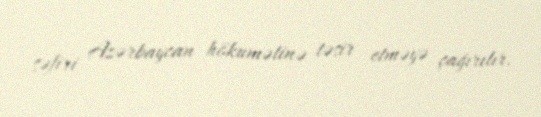
səfiri Azərbaycan hökumətinə təsir etməyə çağırılır.